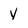
Character: y